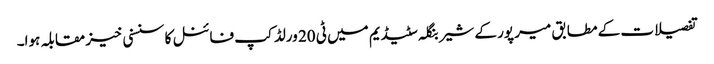
تفصیلات کے مطابق میر پور کے شیر بنگلہ سٹیڈیم میں ٹی 20 ورلڈ کپ فائنل کا سنسنی خیز مقابلہ ہوا۔